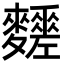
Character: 𪎀